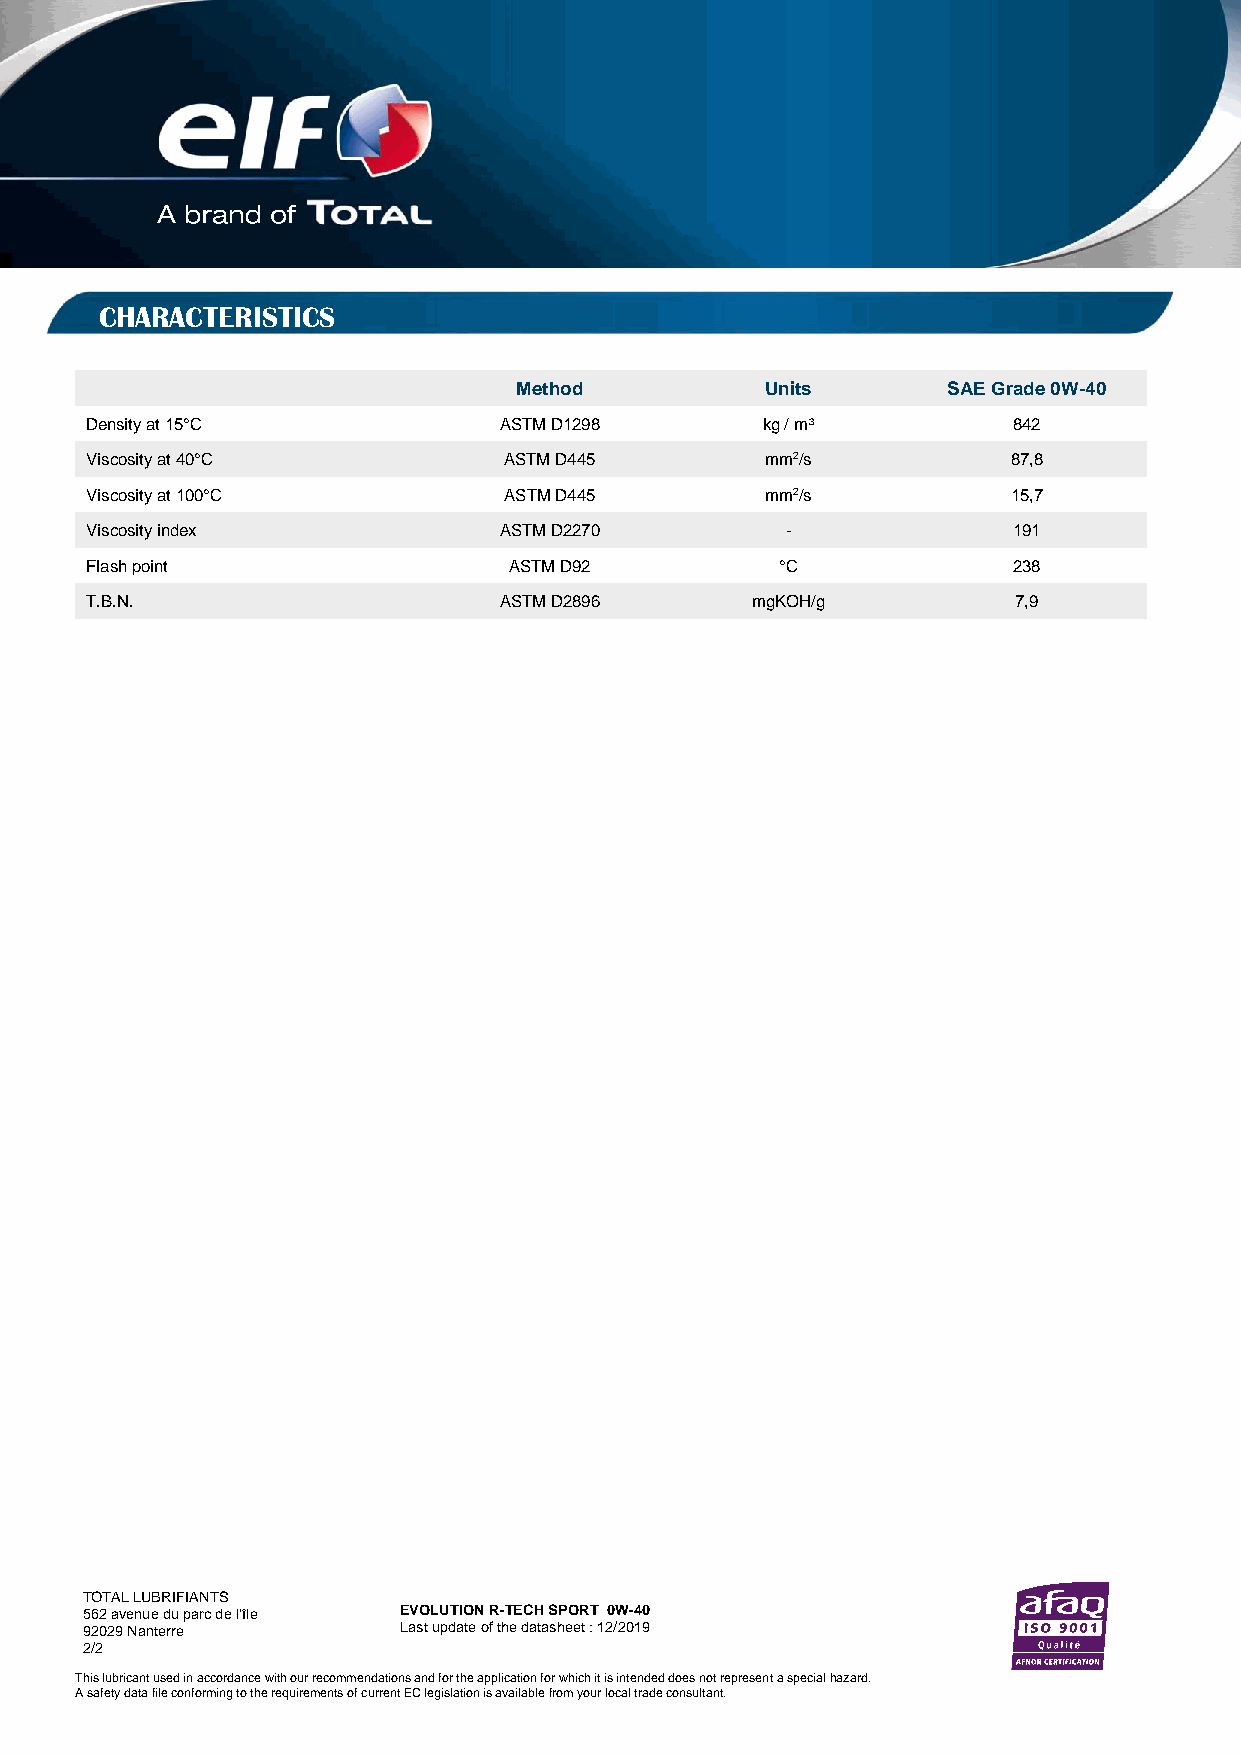
CHARACTERISTICS
 Method           Units       SAE Grade 0W-40
 Density at 15°C            ASTM D1298       kg / m³          842
 Viscosity at 40°C          ASTM D445         mm2/s           87,8
 Viscosity at 100°C         ASTM D445         mm2/s           15,7
 Viscosity index            ASTM D2270         -              191
 Flash point                 ASTM D92          °C             238
 T.B.N.                     ASTM D2896       mgKOH/g          7,9
 PRODUCT KEY FEATURES
 TOTAL LUBRIFIANTS
 562 avenue du parc de l’île EVOLUTION R-TECH SPORT 0W-40
 92029 Nanterre       Last update of the datasheet : 12/2019
 2/2
 This lubricant used in accordance with our recommendations and for the application for which it is intended does not represent a special hazard.
 A safety data file conforming to the requirements of current EC legislation is available from your local trade consultant.